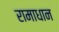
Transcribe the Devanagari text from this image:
रामाधान